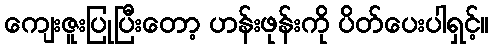
ကျေးဇူးပြုပြီးတော့ ဟန်းဖုန်းကို ပိတ်ပေးပါရှင့်။